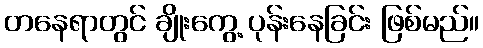
တနေရာတွင် ချိုးကွေ့ ပုန်းနေခြင်း ဖြစ်မည်။